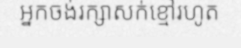
អ្នកចង់រក្សាសក់ខ្មៅរហូត